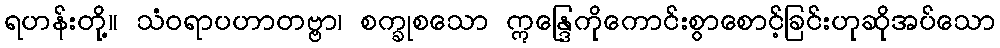
ရဟန်းတို့။ သံဝရာပဟာတဗ္ဗာ၊ စက္ခုစသော ဣန္ဒြေကိုကောင်းစွာစောင့်ခြင်းဟုဆိုအပ်သော